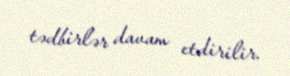
tədbirlər davam etdirilir.